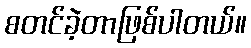
စတင်ခဲ့တာဖြစ်ပါတယ်။